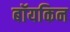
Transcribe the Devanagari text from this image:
बॉयकिन